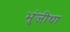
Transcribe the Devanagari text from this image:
भुंजीथा